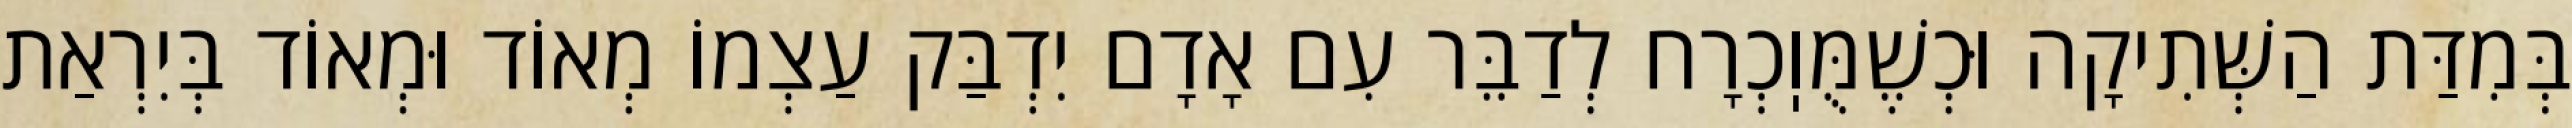
בְּמִדַּת הַשְּׁתִיקָה וּכְשֶׁמֻּוֽכְרָח לְדַבֵּר עִם אָדָם יִדְבַּק עַצְמוֹ מְאוֹד וּמְאוֹד בְּיִרְאַת